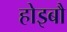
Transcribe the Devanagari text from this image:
होइबौ